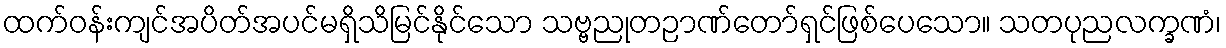
ထက်ဝန်းကျင်အပိတ်အပင်မရှိသိမြင်နိုင်သော သဗ္ဗညုတဉာဏ်တော်ရှင်ဖြစ်ပေသော။ သတပုညလက္ခဏံ၊